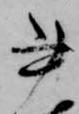
書